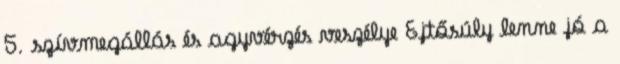
5. szívmegállás és agyvérzés veszélye Ejtősúly lenne jó a